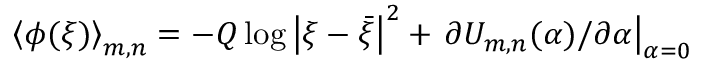
\left\langle \phi ( \xi ) \right\rangle _ { m , n } = - Q \log \left| \xi - \bar { \xi } \right| ^ { 2 } + \left. \partial U _ { m , n } ( \alpha ) / \partial \alpha \right| _ { \alpha = 0 }